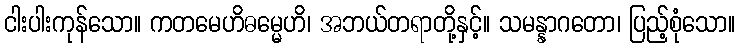
ငါးပါးကုန်သော။ ကတမေဟိဓမ္မေဟိ၊ အဘယ်တရာတို့နှင့်။ သမန္နာဂတော၊ ပြည့်စုံသော။